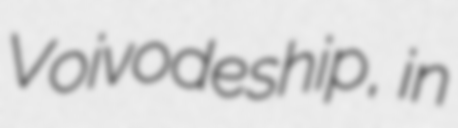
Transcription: Voivodeship, in